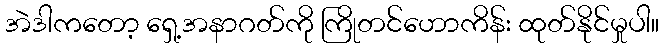
အဲဒါကတော့ ရှေ့အနာဂတ်ကို ကြိုတင်ဟောကိန်း ထုတ်နိုင်မှုပါ။